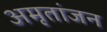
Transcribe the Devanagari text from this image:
अमृतांजन